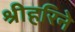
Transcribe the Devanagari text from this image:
श्रीहरिने